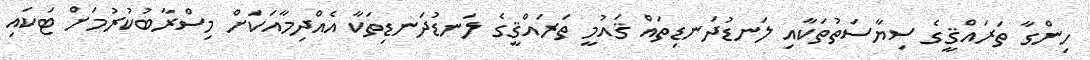
ހިންގާ ތަރައްޤީގެ ސިޔާސަތުތަކާއި ލަނޑުދަނޑިތައް ޤައުމީ ތަރައްޤީގެ ލަނޑުދަނޑިތަކާ އެއްދިމާއަކަށް މިސްރާބުކުރުމަށް ޓަކައި